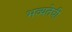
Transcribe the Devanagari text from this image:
भव्यतेची